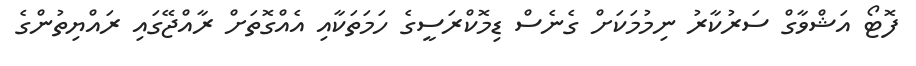
ފޮޓޯ އަޝްވާގް ސަރުކާރު ނިމުމަކަށް ގެނެސް ޑިމޮކްރަސީގެ ހަމަތަކާއި އެއްގޮތަށް ރާއްޖޭގައި ރައްޔިތުންގެ